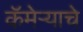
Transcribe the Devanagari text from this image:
कॅमेर्‍याचे